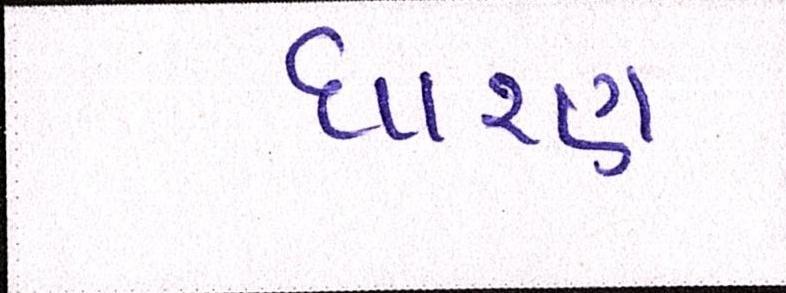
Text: ધારણ